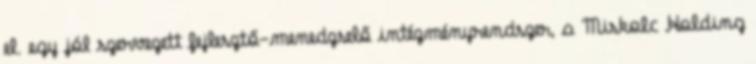
el. egy jól szervezett fejlesztő-menedzselő intézményrendszer, a Miskolc Holding